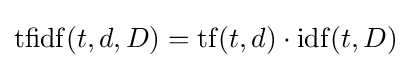
\mathrm {tfidf} (t,d,D)=\mathrm {tf} (t,d)\cdot \mathrm {idf} (t,D)